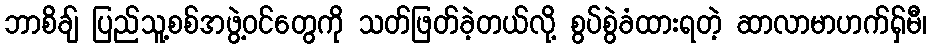
ဘာစိချ် ပြည်သူ့စစ်အဖွဲ့ဝင်တွေကို သတ်ဖြတ်ခဲ့တယ်လို့ စွပ်စွဲခံထားရတဲ့ ဆာလာမာဟက်ရှ်မီ၊